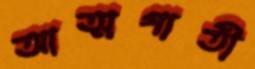
আত্মগাতী